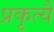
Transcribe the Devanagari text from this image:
प्रकृत्यै